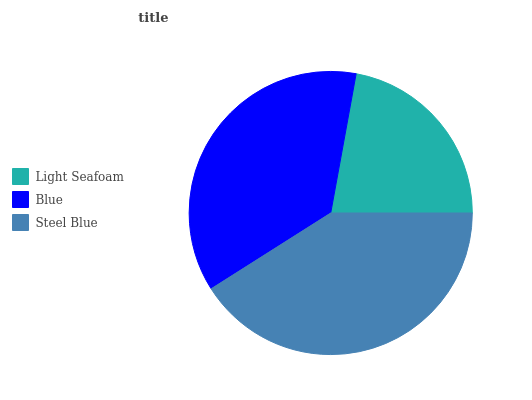
| Light Seafoam | Blue | Steel Blue |
 | --- | --- | --- |
 | 22.1% | 36.9% | 41% |